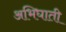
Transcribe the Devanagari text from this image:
अभिघाती